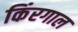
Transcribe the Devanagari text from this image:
किंरगाल